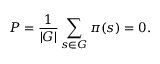
P = { \frac { 1 } { | G | } } \sum _ { s \in G } \pi ( s ) = 0 .